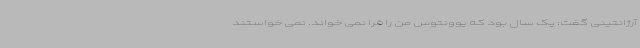
آرژانتینی گفت: یک سال بود که یوونتوس من را فرا نمی خواند. نمی خواستند